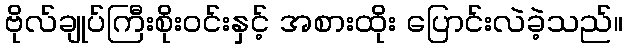
ဗိုလ်ချုပ်ကြီးစိုးဝင်းနှင့် အစားထိုး ပြောင်းလဲခဲ့သည်။